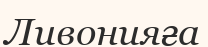
Ливонияға